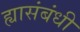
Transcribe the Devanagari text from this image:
ह्यासंबंधी